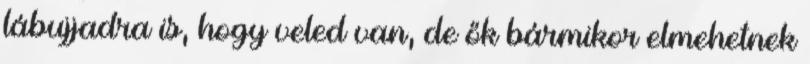
lábujjadra is, hogy veled van, de ők bármikor elmehetnek